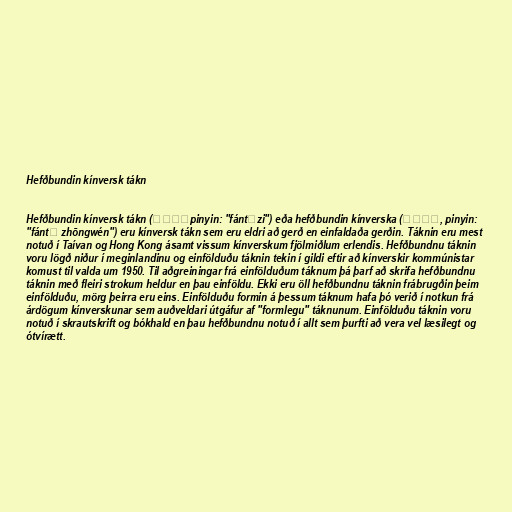
Hefðbundin kínversk tákn

Hefðbundin kínversk tákn (繁体字，pinyin: "fántǐzi") eða hefðbundin kínverska (繁体中文, pinyin:
"fántǐ zhōngwén") eru kínversk tákn sem eru eldri að gerð en einfaldaða gerðin. Táknin eru mest
notuð í Taívan og Hong Kong ásamt vissum kínverskum fjölmiðlum erlendis. Hefðbundnu táknin
voru lögð niður í meginlandinu og einfölduðu táknin tekin í gildi eftir að kínverskir kommúnistar
komust til valda um 1950. Til aðgreiningar frá einfölduðum táknum þá þarf að skrifa hefðbundnu
táknin með fleiri strokum heldur en þau einföldu. Ekki eru öll hefðbundnu táknin frábrugðin þeim
einfölduðu, mörg þeirra eru eins. Einfölduðu formin á þessum táknum hafa þó verið í notkun frá
árdögum kínverskunar sem auðveldari útgáfur af "formlegu" táknunum. Einfölduðu táknin voru
notuð í skrautskrift og bókhald en þau hefðbundnu notuð í allt sem þurfti að vera vel læsilegt og
ótvírætt.